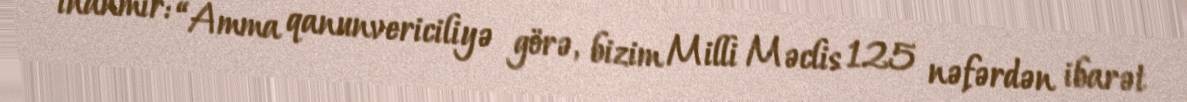
inanmır: “Amma qanunvericiliyə görə, bizim Milli Məclis 125 nəfərdən ibarət